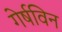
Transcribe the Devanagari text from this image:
गेर्षविन